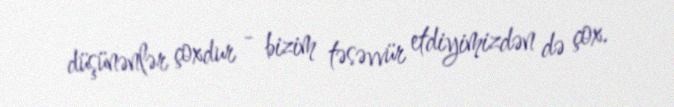
düşünənlər çoxdur - bizim təsəvvür etdiyimizdən də çox.